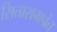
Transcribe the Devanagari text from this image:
सितारामपंत